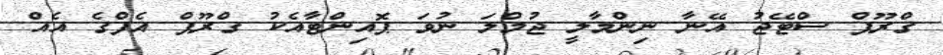
ގްރޫޕް ސްޓޭޖު އޭނާ ނިންމާލީ ޖުމްލަ ނުވަ ޕޮއިންޓާއެކު ގްރޫޕް އެފްގެ އެއް